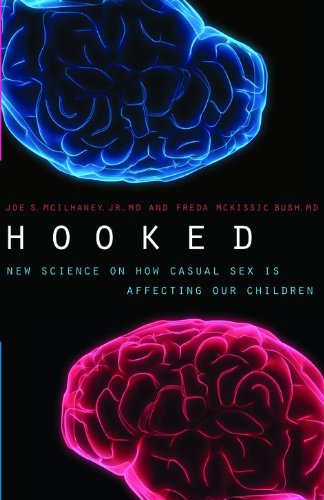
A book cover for Hooked: New Science on How Casual Sex is Affecting Our Children; Joe S. McIlhaney  Jr.; Medical Books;